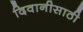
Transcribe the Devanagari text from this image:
दिवानीसाठी